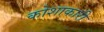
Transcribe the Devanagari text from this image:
कोशाकारी